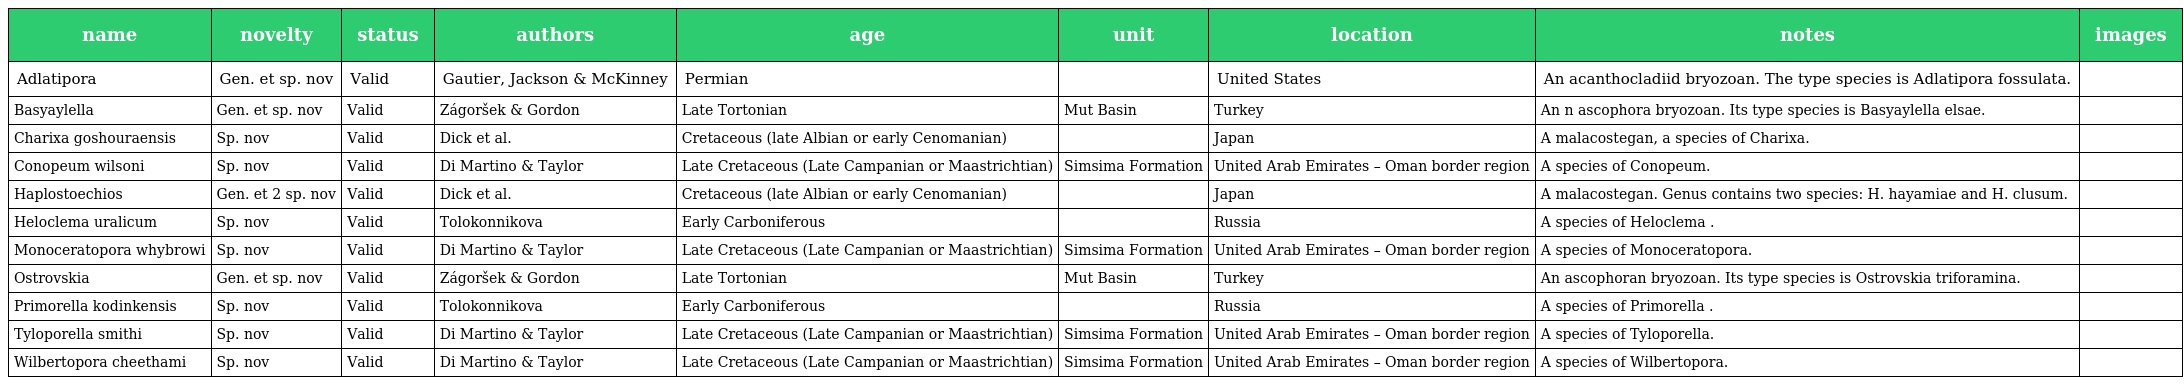
| name | novelty | status | authors | age | unit | location | notes | images |
 | --- | --- | --- | --- | --- | --- | --- | --- | --- |
 | Adlatipora | Gen. et sp. nov | Valid | Gautier, Jackson & McKinney | Permian |  | United States | An acanthocladiid bryozoan. The type species is Adlatipora fossulata. |  |
 | Basyaylella | Gen. et sp. nov | Valid | Zágoršek & Gordon | Late Tortonian | Mut Basin | Turkey | An n ascophora bryozoan. Its type species is Basyaylella elsae. |  |
 | Charixa goshouraensis | Sp. nov | Valid | Dick et al. | Cretaceous (late Albian or early Cenomanian) |  | Japan | A malacostegan, a species of Charixa. |  |
 | Conopeum wilsoni | Sp. nov | Valid | Di Martino & Taylor | Late Cretaceous (Late Campanian or Maastrichtian) | Simsima Formation | United Arab Emirates – Oman border region | A species of Conopeum. |  |
 | Haplostoechios | Gen. et 2 sp. nov | Valid | Dick et al. | Cretaceous (late Albian or early Cenomanian) |  | Japan | A malacostegan. Genus contains two species: H. hayamiae and H. clusum. |  |
 | Heloclema uralicum | Sp. nov | Valid | Tolokonnikova | Early Carboniferous |  | Russia | A species of Heloclema . |  |
 | Monoceratopora whybrowi | Sp. nov | Valid | Di Martino & Taylor | Late Cretaceous (Late Campanian or Maastrichtian) | Simsima Formation | United Arab Emirates – Oman border region | A species of Monoceratopora. |  |
 | Ostrovskia | Gen. et sp. nov | Valid | Zágoršek & Gordon | Late Tortonian | Mut Basin | Turkey | An ascophoran bryozoan. Its type species is Ostrovskia triforamina. |  |
 | Primorella kodinkensis | Sp. nov | Valid | Tolokonnikova | Early Carboniferous |  | Russia | A species of Primorella . |  |
 | Tyloporella smithi | Sp. nov | Valid | Di Martino & Taylor | Late Cretaceous (Late Campanian or Maastrichtian) | Simsima Formation | United Arab Emirates – Oman border region | A species of Tyloporella. |  |
 | Wilbertopora cheethami | Sp. nov | Valid | Di Martino & Taylor | Late Cretaceous (Late Campanian or Maastrichtian) | Simsima Formation | United Arab Emirates – Oman border region | A species of Wilbertopora. |  |